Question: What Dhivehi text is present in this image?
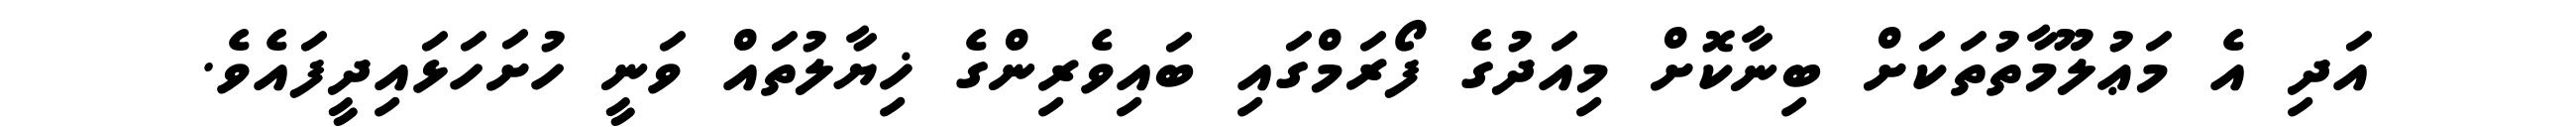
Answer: އަދި އެ މަޢުލޫމާތުތަކަށް ބިނާކޮށް މިއަދުގެ ފޯރަމްގައި ބައިވެރިންގެ ޚިޔާލުތައް ވަނީ ހުށަހަޅައިދީފައެވެ.